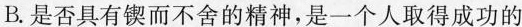
B.是否具有锲而不舍的精神，是一个人取得成功的